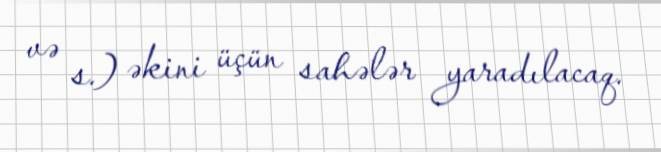
və s.) əkini üçün sahələr yaradılacaq.